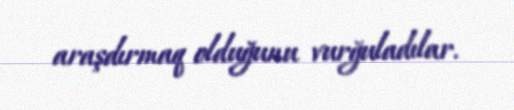
araşdırmaq olduğunu vurğuladılar.